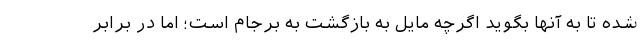
شده تا به آنها بگوید اگرچه مایل به بازگشت به برجام است؛ اما در برابر